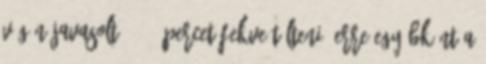
végén javasolt 10-15 percet fekve tölteni. Erre egyébként a